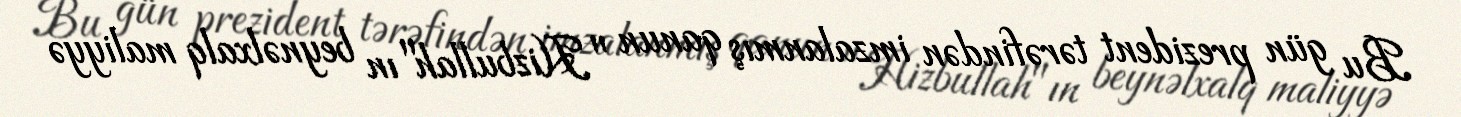
Bu gün prezident tərəfindən imzalanmış qanun "Hizbullah"ın beynəlxalq maliyyə